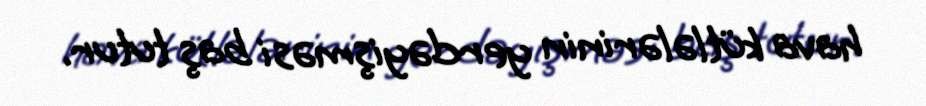
hava kütlələrinin yerdəyişməsi baş tutur.